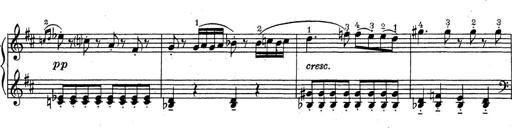
Title: ÄŒeskÃ© Sonatiny
Composer: Various